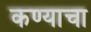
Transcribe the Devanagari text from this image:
कण्याचा